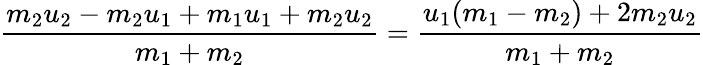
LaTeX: {\frac{m_{2}u_{2}-m_{2}u_{1}+m_{1}u_{1}+m_{2}u_{2}}{m_{1}+m_{2}}}={\frac{u_{1}(m_{1}-m_{2})+2m_{2}u_{2}}{m_{1}+m_{2}}}